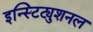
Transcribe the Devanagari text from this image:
इन्स्टिट्युशनल